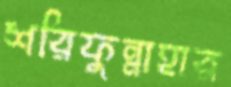
শরিফুন্নাহার